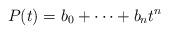
LaTeX: \begin{align*} P(t) = b_0 + \dots + b_n t^n\end{align*}